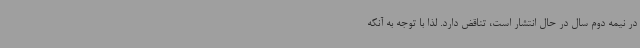
در نیمه دوم سال در حال انتشار است، تناقض دارد. لذا با توجه به آنکه